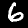
Digit: 6